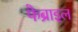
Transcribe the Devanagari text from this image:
फैब्राइल